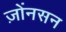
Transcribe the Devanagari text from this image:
ज़ोंनसन